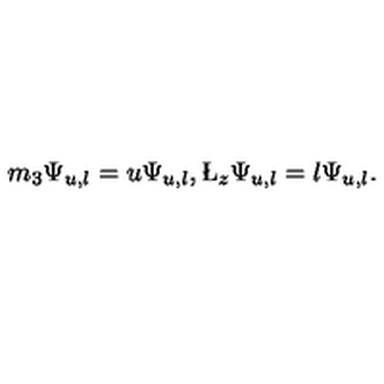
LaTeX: m _ { 3 } \Psi _ { u , l } = u \Psi _ { u , l } , \L _ { z } \Psi _ { u , l } = l \Psi _ { u , l } .